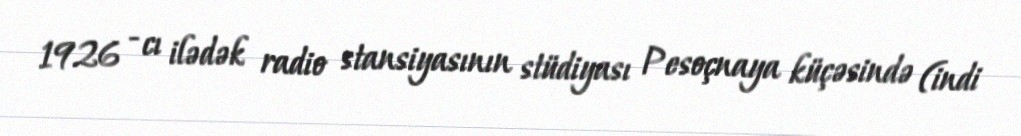
1926 - cı ilədək radio stansiyasının stüdiyası Pesoçnaya küçəsində (indi